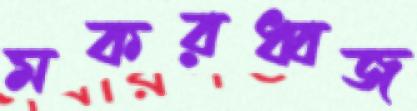
মকরধ্বজ